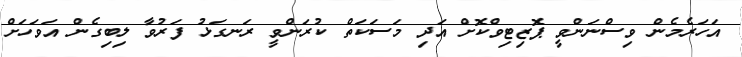
އަހަރެމެން ވިސްނަންވީ ޕޮޒިޓިވްކޮށް އަދި މަސަކަތް ކުރަންވީ ރަނގަޅު ފަރުވާ ލިބިގެން އަވަހަށް